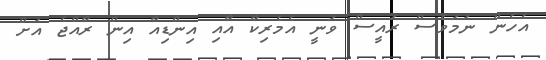
އެހެން ނަމަވެސް ރައީސް ވަނީ އެމެރިކާ އާއި އިންޑިއާ އިން ރާއްޖެ އަށް